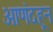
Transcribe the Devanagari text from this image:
आणंदहून